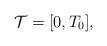
LaTeX: \begin{align*} \mathcal{T}=[0,T_0],\end{align*}